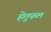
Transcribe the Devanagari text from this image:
हेतुफल